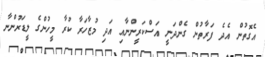
އެގޮތުން އެދެ ފަރާތުން ގެންދަނީ އަސްކަރީންނާއި އަދި މުޒާހަރާ ކުރާ މީހުންގެ ލީޑަރުންނާ